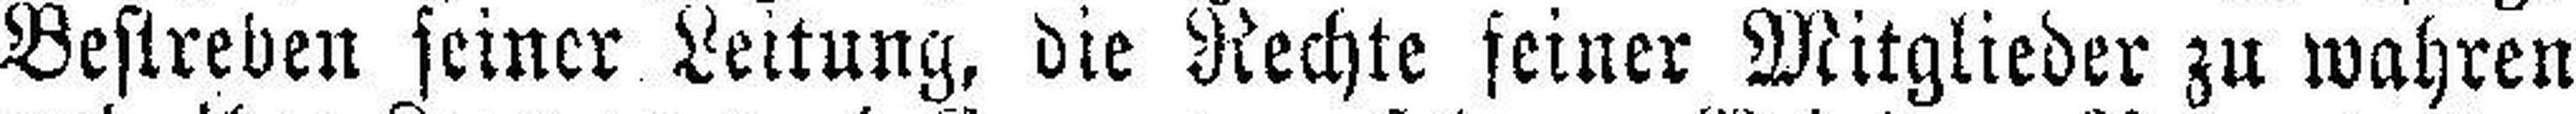
Bestreben seiner Leitung, die Rechte seiner Mitglieder zu wahren